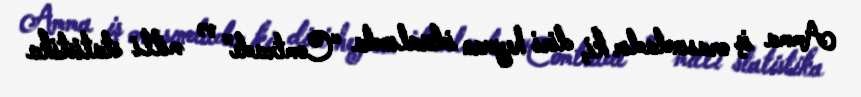
Amma iş orasındadır ki, diri heyvan idxalında “Comtrade” və milli statistika